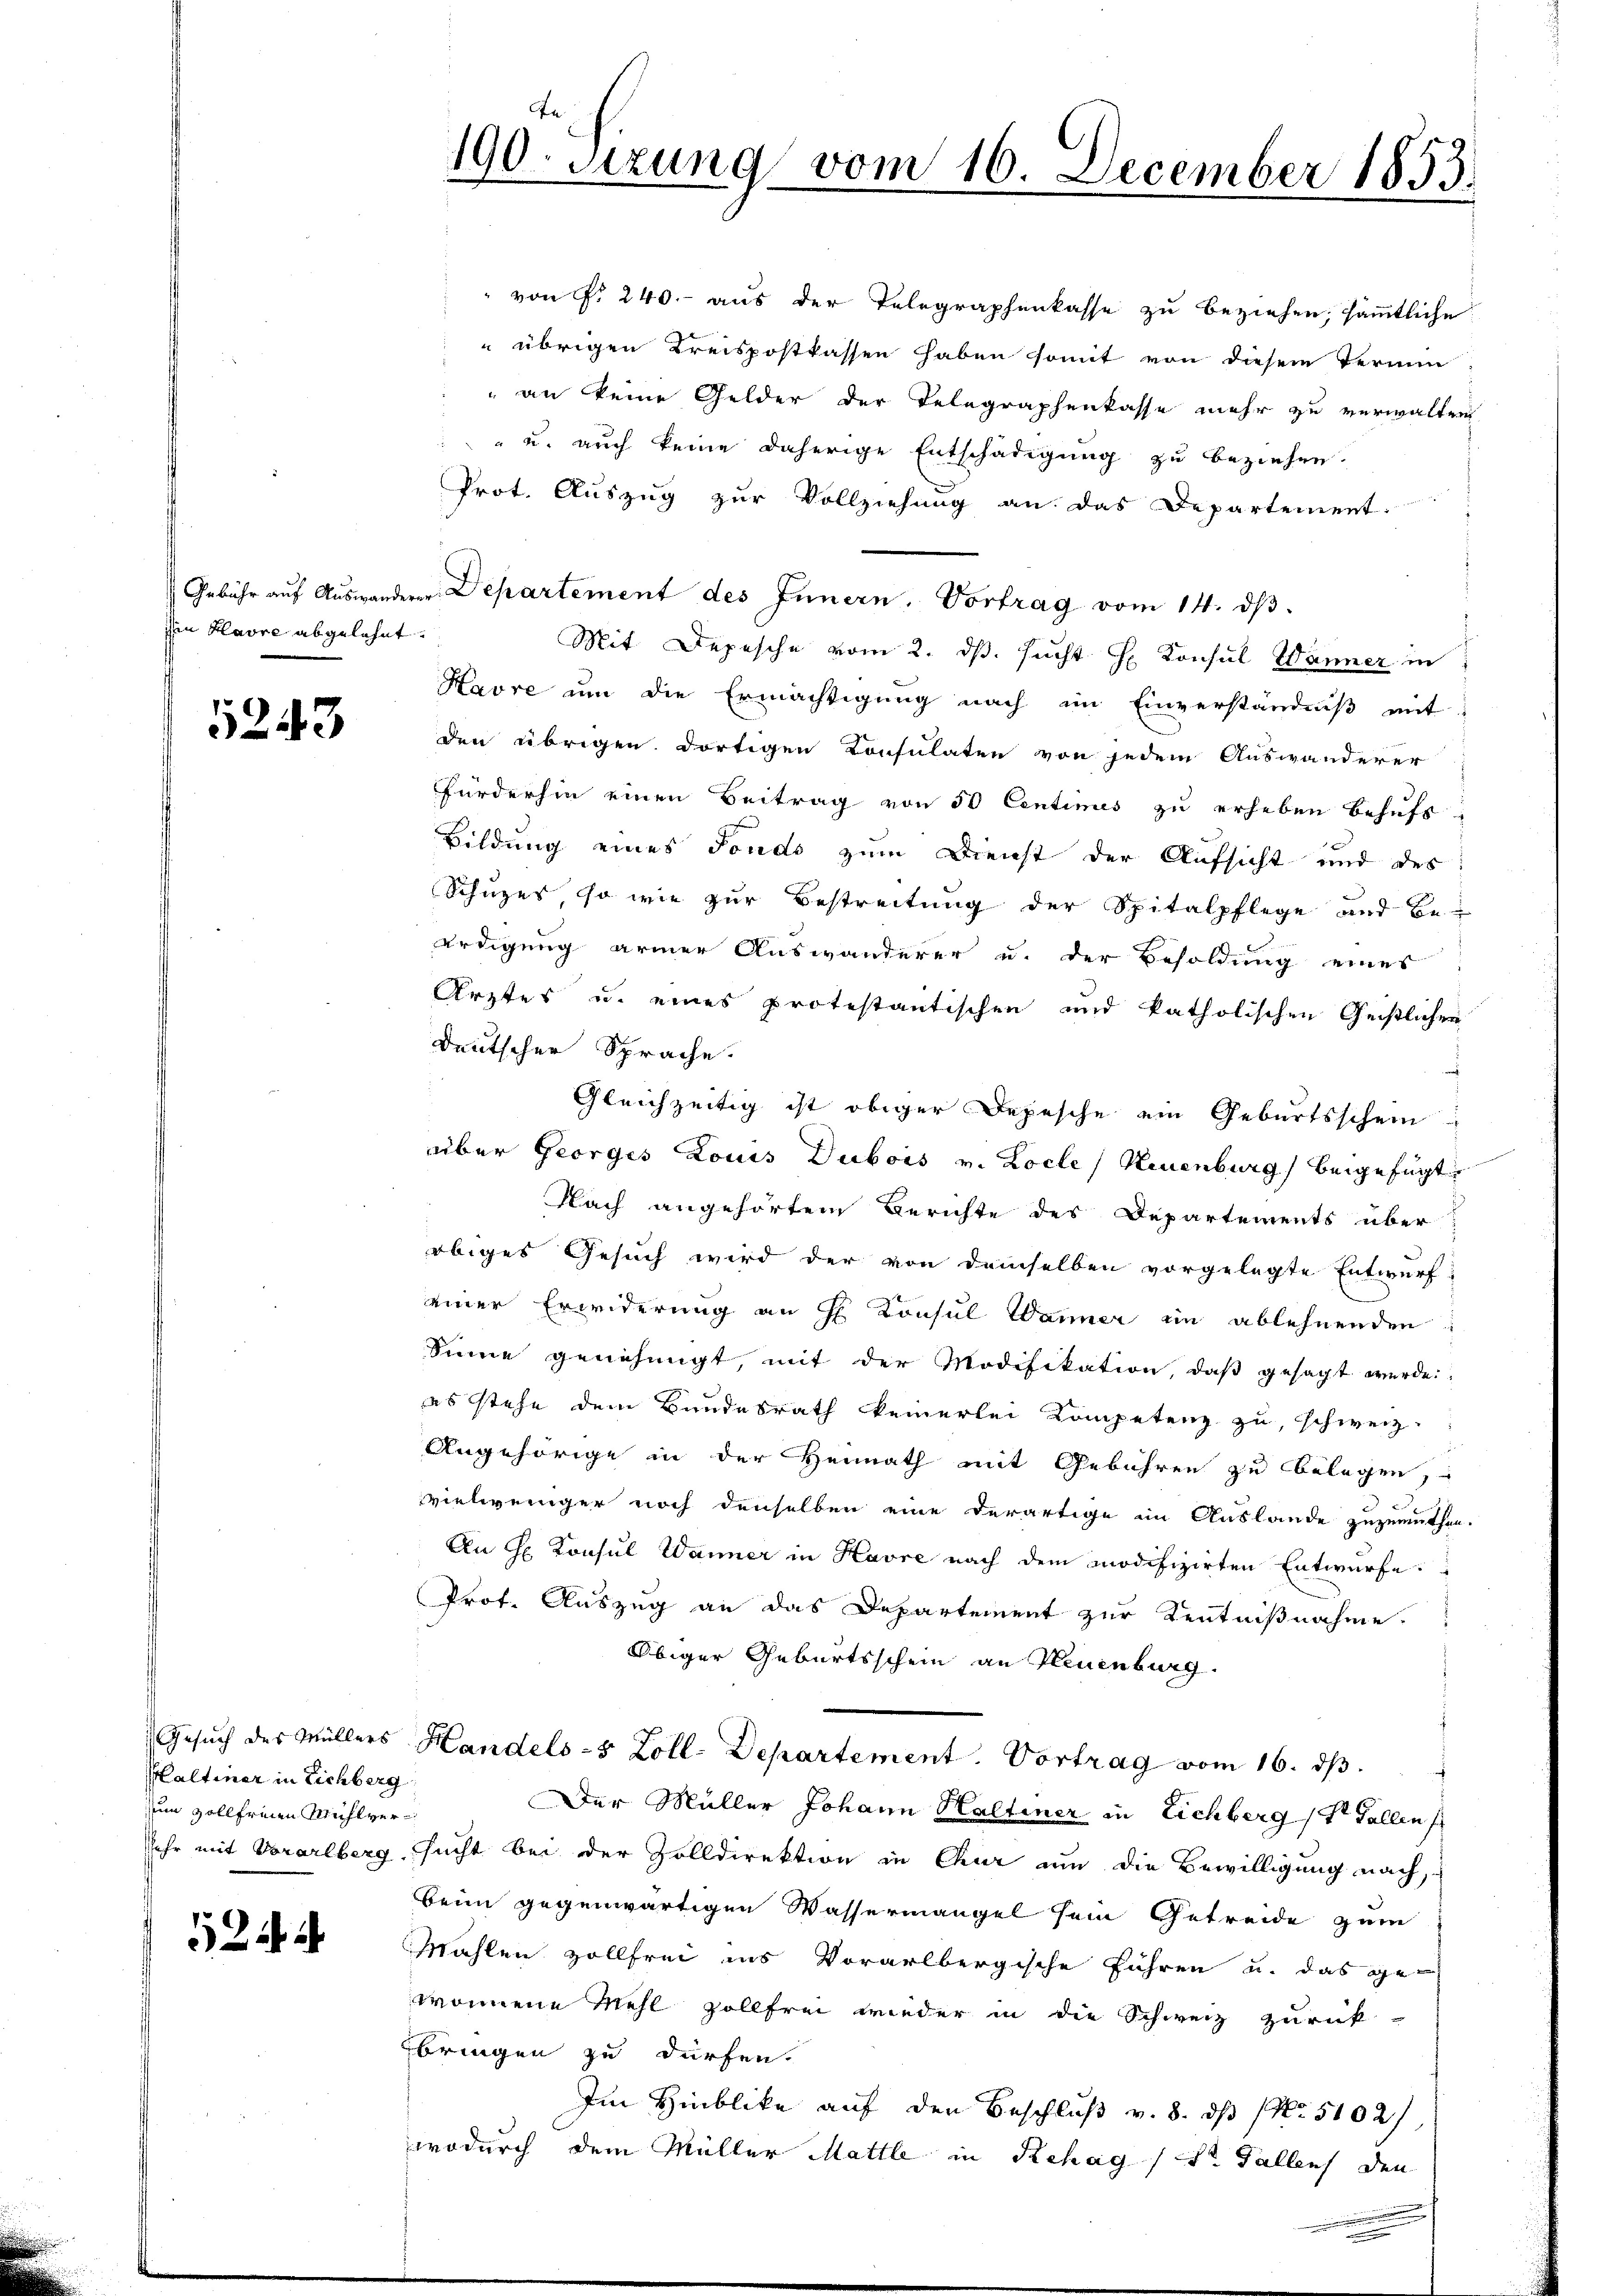
den Havre abgelehnt.

5243

Kaltiner in Eichberg
n zollfreien Mühlver¬

122

Prot. Auszug zur Vollziehung an das Departement.
Gebühr aŭf Aŭswanderer Departement des Innern, Vortrag vom 14. dβ.
Mit Depesche vom 2. ds. sucht H. Konsul Wänner in
Havre um die Ermächtigung nach im Einverständniß mit
den übrigen dortigen Consulaten von jedem Auswanderer
Fürderhin einen Beitrag von 50 Centimes zu erheben behufs
Bildung eines Fondo zum Dienst der Aufsicht und des
Schuzes, so wie zur Bestreitung der Spitalpflege und Be-
erdigung armer Auswanderer u. der Besoldung eines
Ärztes u. eines protestantischen und katholischen Geistlichen
deutscher Sprache.
Gleichzeitig ist obiger Depesche ein Geburtsschein
über Georges Louis Dubois v. Locle Neuenburg beigefügt
Nach angehörtem Berichte des Departements über
obiges Gesuch wird der von demselben vorgelegte Entwurf
einer Erwiderung an H. Konsul Wanner im ablehnenden
Sinne genehmigt, mit der Modifikation, daß gesagt werde.
es stehe dem Bundesrath keinerlei Kompetenz zu schweiz.
Angehörige in der Heimath mit Gebühren zu belegen,
vielweniger noch denselben eine derartige im Auslande zuzumuthen.
An Hr. Konsul Wanner in Havre nach dem modifizirten Entwurfe.
Prot. Auszug an das Departement zur Kentnißnahme.
Obiger Geburtsschein an Neuenburg.
Gesŭch des Müllers Handels-5 Zoll-Departement. Vortrag vom 16. dβ.
Der Müller Johann Haltener in Eichberg ster Fallen s
sehr mit Vorarlberg sucht bei der Zolldirektion in Chur um die Bewilligung nach,
bein gegenwärtigen Wassermangel sein Getreide zum
Mahlen zollfrei ins Vorarlbergische Führen u. das gewonnene Mehl zollfrei wieder in die Schweiz zurück-
bringen zu dürfen.
Im Hinblike auf den Beschluß v. 8. dß (Nr. 5102/
wodurch dem Müller Mattle in Rehag (lt. Fallens den

190. Sizung vom 16. December 1853.

" von § 240.- aus der Telegraphenkasse zu beziehen, sämmtliche
 übrigen Kreispostkassen haben somit von diesem Termin
an keine Gelder der Telegraphenkasse mehr zu verwalten
" u. auch keine daherige Entschädigung zu beziehen.